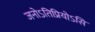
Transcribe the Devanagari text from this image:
जनोऽतिप्रियोऽसि